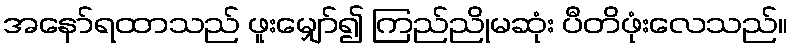
အနော်ရထာသည် ဖူးမျှော်၍ ကြည်ညိုမဆုံး ပီတိဖုံးလေသည်။